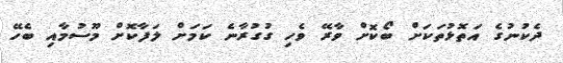
ދެކުނުގެ އަތޮޅުތަކަށް ބޯކޮށް ވާރޭ ވެހި ގުގުރާނެ ކަމަށް ލަފާކޮށް މޫސުމާއި ބެހޭ